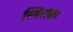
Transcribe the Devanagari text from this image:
स्थिरांक।